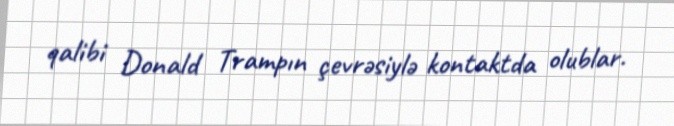
qalibi Donald Trampın çevrəsiylə kontaktda olublar.